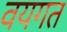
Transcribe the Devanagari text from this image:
वयगत